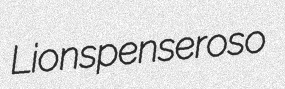
Lions penseroso